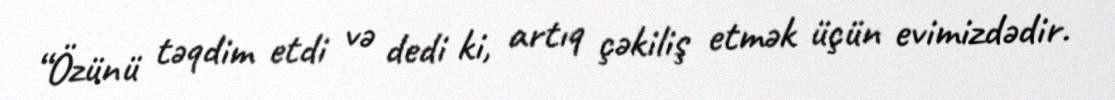
“Özünü təqdim etdi və dedi ki, artıq çəkiliş etmək üçün evimizdədir.